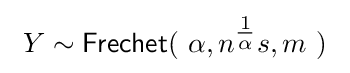
\ Y\sim {\textsf {Frechet}}(\ \alpha ,n^{\tfrac {1}{\alpha }}s,m\ )\